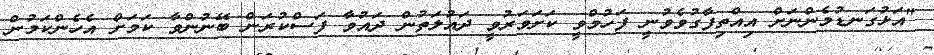
"އަޅުގަނޑުމެންނަށް އިއްތިފާގުވެވުނީ ފަހުމްވީ ކަށަވަރުވީ ދައުލަތުން ދައުވާ ފަސްކުރަން ބޭނުންވާ ކަމަށް އެހެންކަމުން